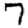
Digit: 7